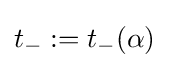
t_{-}:=t_{-}(\alpha )